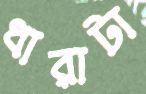
ধারাটা